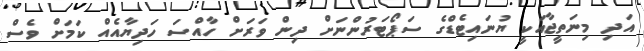
އަދި މިނަތީޖާއަކީ ޔުނައިޓެޑްގެ ސަޕޯޓަރުންނަށް ދިން ވަރަށް ހާއްސަ ހަދިޔާއެއް ކަމަށް ވެސް